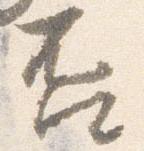
否